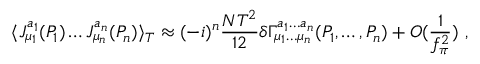
\langle J _ { \mu _ { 1 } } ^ { a _ { 1 } } ( P _ { 1 } ) \ldots J _ { \mu _ { n } } ^ { a _ { n } } ( P _ { n } ) \rangle _ { T } \approx ( - i ) ^ { n } \frac { N T ^ { 2 } } { 1 2 } \delta \Gamma _ { \mu _ { 1 } \ldots \mu _ { n } } ^ { a _ { 1 } \ldots a _ { n } } ( P _ { 1 } , \ldots , P _ { n } ) + O ( \frac { 1 } { f _ { \pi } ^ { 2 } } ) \ ,